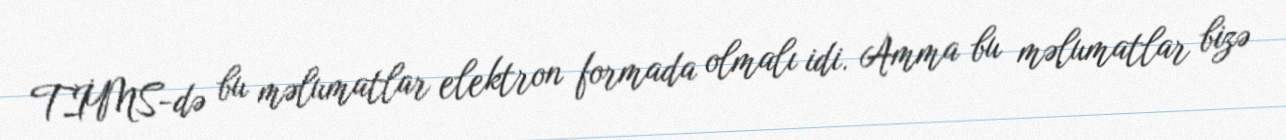
TİMS-də bu məlumatlar elektron formada olmalı idi. Amma bu məlumatlar bizə